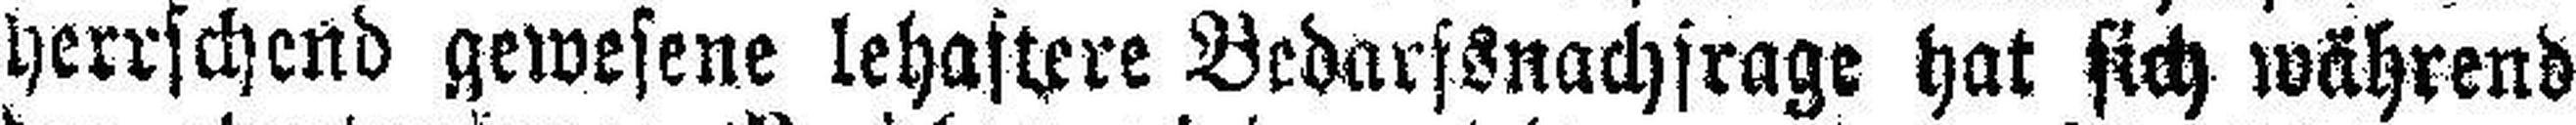
herrschend gewesene lehaftere Bedarfsnachfrage hat sich während